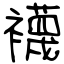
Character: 襪